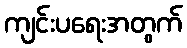
ကျင်းပရေးအတွက်